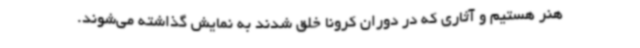
هنر هستیم و آثاری که در دوران کرونا خلق شدند به نمایش گذاشته می‌شوند.